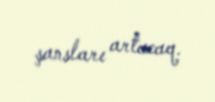
şansları artacaq.